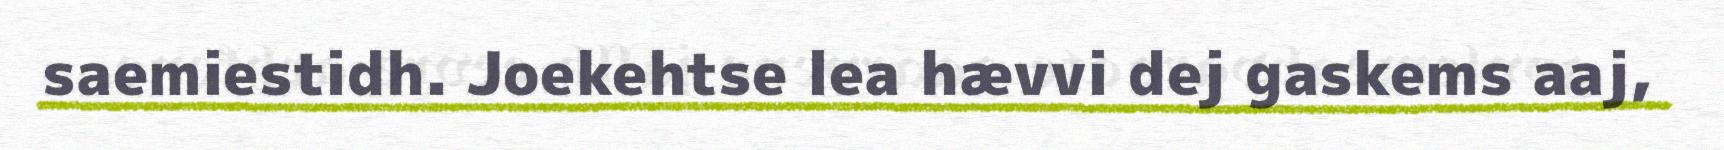
saemiestidh. Joekehtse lea hævvi dej gaskems aaj,